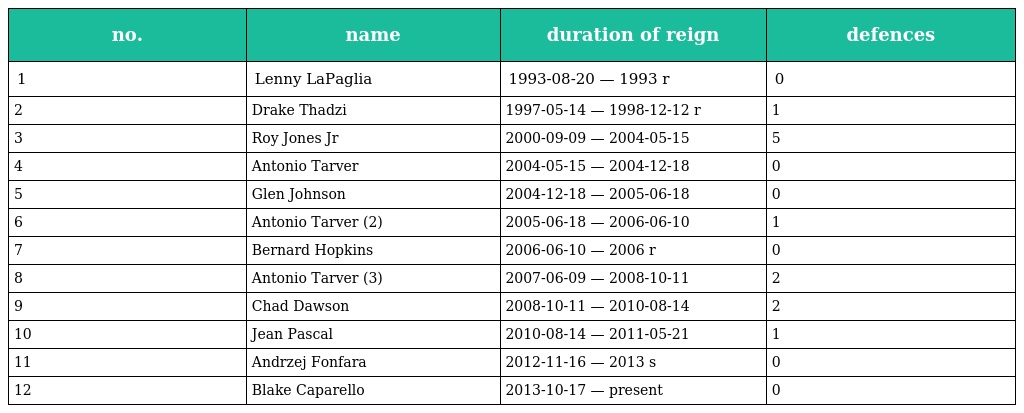
| no. | name | duration of reign | defences |
 | --- | --- | --- | --- |
 | 1 | Lenny LaPaglia | 1993-08-20 — 1993 r | 0 |
 | 2 | Drake Thadzi | 1997-05-14 — 1998-12-12 r | 1 |
 | 3 | Roy Jones Jr | 2000-09-09 — 2004-05-15 | 5 |
 | 4 | Antonio Tarver | 2004-05-15 — 2004-12-18 | 0 |
 | 5 | Glen Johnson | 2004-12-18 — 2005-06-18 | 0 |
 | 6 | Antonio Tarver (2) | 2005-06-18 — 2006-06-10 | 1 |
 | 7 | Bernard Hopkins | 2006-06-10 — 2006 r | 0 |
 | 8 | Antonio Tarver (3) | 2007-06-09 — 2008-10-11 | 2 |
 | 9 | Chad Dawson | 2008-10-11 — 2010-08-14 | 2 |
 | 10 | Jean Pascal | 2010-08-14 — 2011-05-21 | 1 |
 | 11 | Andrzej Fonfara | 2012-11-16 — 2013 s | 0 |
 | 12 | Blake Caparello | 2013-10-17 — present | 0 |